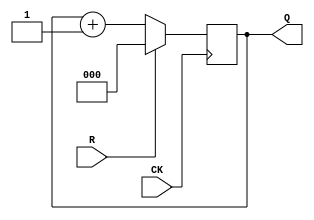
module upCounter_3bit(CK, R, Q);
    input CK, R;
    output [2:0] Q;
    reg [2:0] q;
    initial q <= 3'b0;
    always @(posedge CK)
        q <= (R == 1'b1) ? 3'd0 : q+ 3'd1;
        assign Q = q;
endmodule
    
module testbench; 
    reg [3:0] Rreg;
    reg CK;
    wire R;
    wire [2:0] Q;
    initial begin
        $monitor("CK:%b R:%b Q:%d", CK, R, Q);
        CK   <= 0;
        Rreg <= 0;
        #15 $finish;
    end

    always #1 CK   <= ~CK;
    always #1 Rreg <= Rreg + 4'b1;

    assign R = (Rreg == 4'd6) ? 1'b1 : 1'b0;

    upCounter_3bit inst0 (CK, R, Q);
endmodule